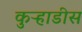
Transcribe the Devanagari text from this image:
कुऱ्हाडीस